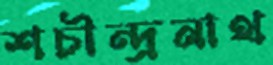
শচীন্দ্রনাথ